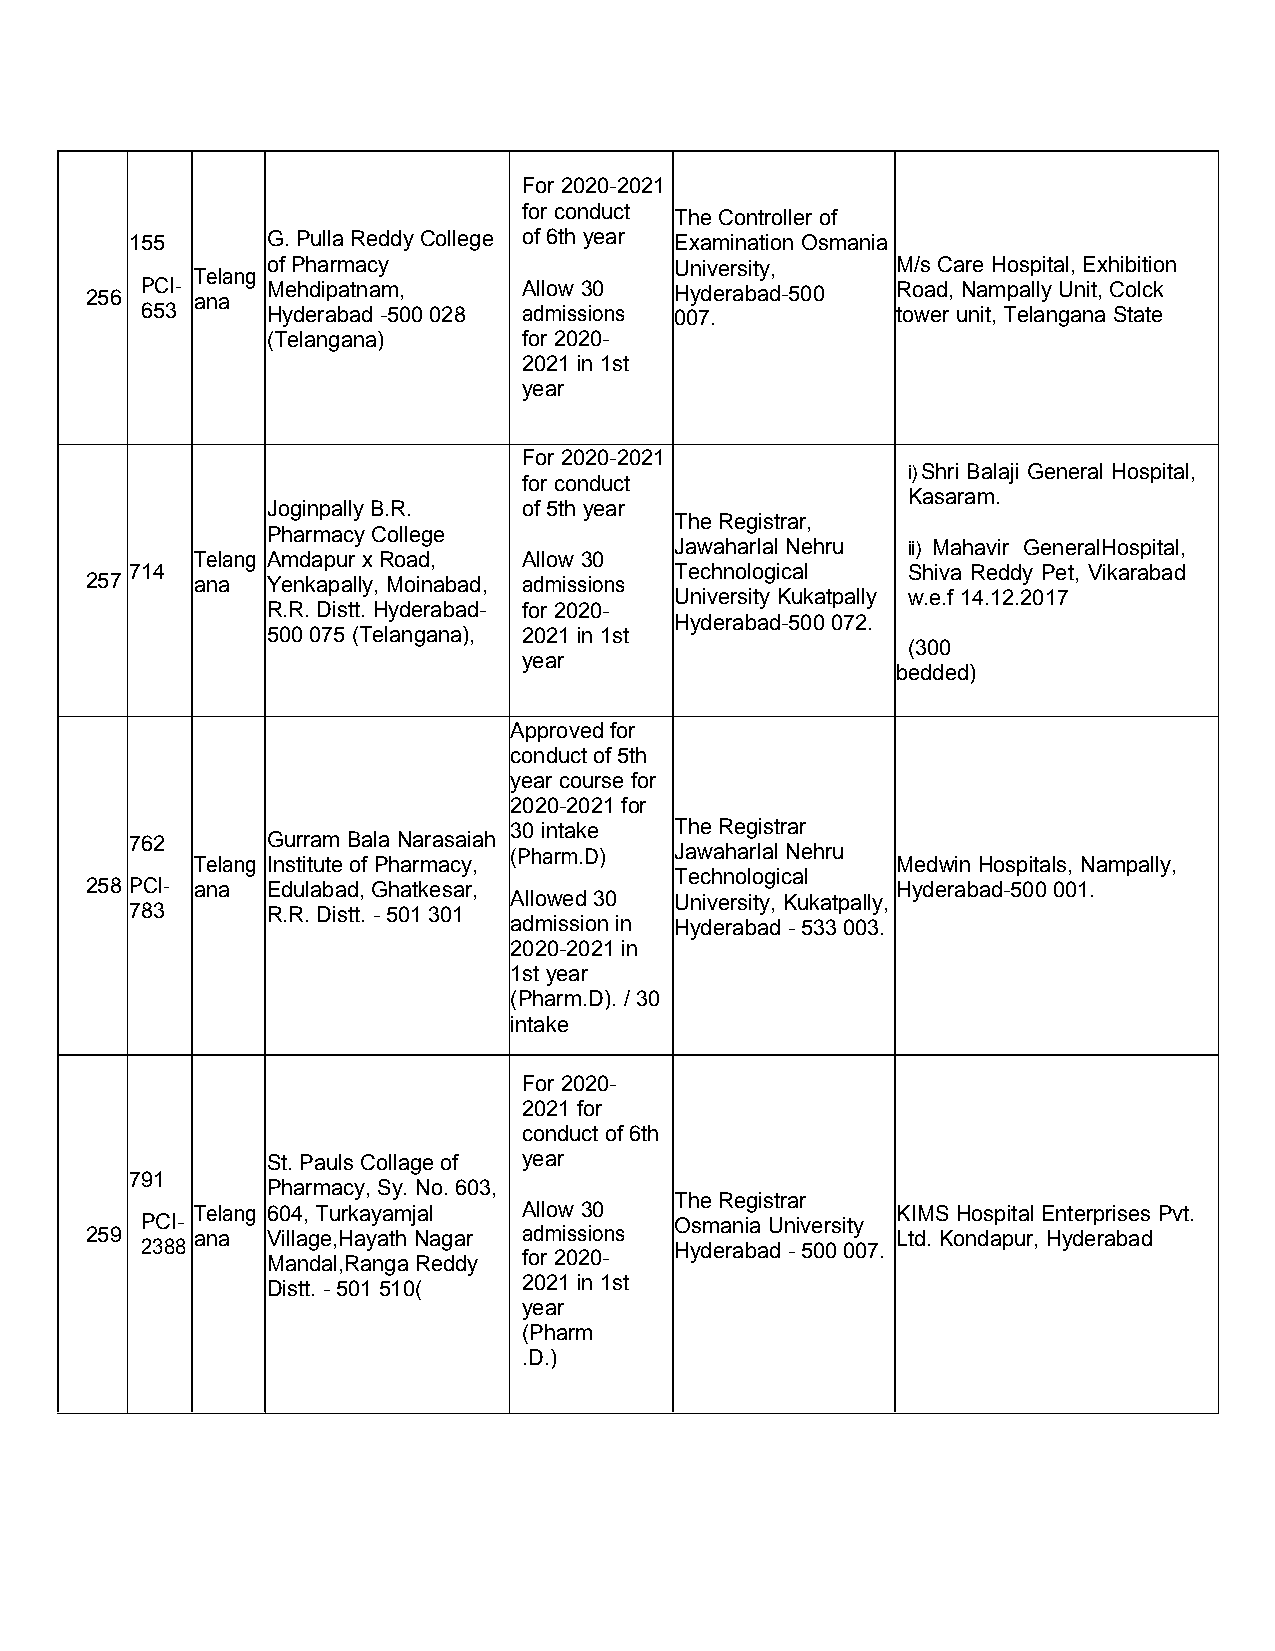
For 2020-2021
 for conduct TheController of
 155      G.Pulla ReddyCollege of6th year Examination Osmania
 ofPharmacy                 University,   M/sCare Hospital,Exhibition
 Telang
 256 PCI- ana Mehdipatnam,    Allow 30  Hyderabad-500 Road,Nampally Unit,Colck
 653      Hyderabad-500028 admissions 007.         tower unit,Telangana State
 (Telangana)      for 2020-
 2021 in 1st
 year
 For 2020-2021
 i)Shri Balaji General Hospital,
 for conduct
 Kasaram.
 JoginpallyB.R.   of5th year
 TheRegistrar,
 PharmacyCollege
 Jawaharlal Nehru ii) Mahavir GeneralHospital,
 Telang Amdapur xRoad, Allow 30
 714                                 Technological  Shiva Reddy Pet, Vikarabad
 257    ana  Yenkapally, Moinabad, admissions
 University Kukatpally w.e.f14.12.2017
 R.R.Distt. Hyderabad- for 2020-
 Hyderabad-500 072.
 500 075 (Telangana), 2021 in 1st
 (300
 year
 bedded)
 Approved for
 conductof5th
 year course for
 2020-2021 for
 30 intake  TheRegistrar
 762      GurramBala Narasaiah
 (Pharm.D)  Jawaharlal Nehru
 Telang Instituteof Pharmacy,                  Medwin Hospitals, Nampally,
 Technological
 258 PCI- ana Edulabad,Ghatkesar,                     Hyderabad-500001.
 Allowed 30 University, Kukatpally,
 783      R.R.Distt. -501301
 admissionin Hyderabad -533003.
 2020-2021 in
 1styear
 (Pharm.D). /30
 intake
 For 2020-
 2021 for
 conductof6th
 St.PaulsCollage of year
 791
 Pharmacy, Sy. No.603,
 TheRegistrar
 Telang 604,Turkayamjal Allow 30               KIMS Hospital Enterprises Pvt.
 PCI-                                Osmania University
 259    ana  Village,HayathNagar admissions           Ltd.Kondapur, Hyderabad
 2388                                Hyderabad -500007.
 Mandal,RangaReddy for 2020-
 Distt.-501 510(  2021 in 1st
 year
 (Pharm
 .D.)